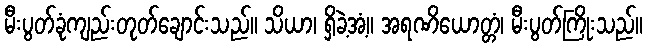
မီးပွတ်ခုံကျည်းတုတ်ချောင်းသည်။ သိယာ၊ ရှိခဲ့အံ့။ အရဏိယောတ္တံ၊ မီးပွတ်ကြိုးသည်။